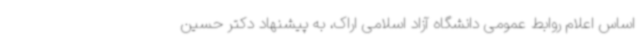
اساس اعلام روابط عمومی دانشگاه آزاد اسلامی اراک، به پیشنهاد دکتر حسین